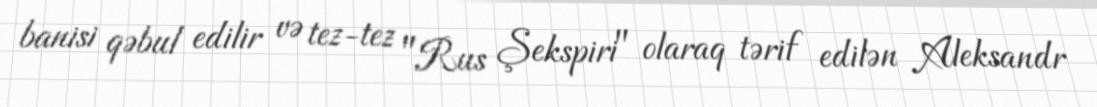
banisi qəbul edilir və tez-tez "Rus Şekspiri" olaraq tərif edilən Aleksandr